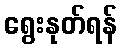
ရွေးနုတ်ရန်